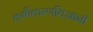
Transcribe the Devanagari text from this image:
वर्गीकरणविज्ञानी